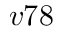
v 7 8